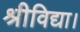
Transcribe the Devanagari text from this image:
श्रीविद्या।